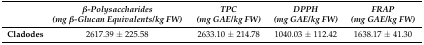
<table><thead><tr><td></td><td><b><i>β-Polysaccharides</i></b></td><td><b><i>TPC</i></b></td><td><b><i>DPPH</i></b></td><td><b><i>FRAP</i></b></td></tr><tr><td></td><td><b><i>(mg β-Glucan Equivalents/kg FW)</i></b></td><td><b><i>(mg GAE/kg FW)</i></b></td><td><b><i>(mg GAE/kg FW)</i></b></td><td><b><i>(mg GAE/kg FW)</i></b></td></tr></thead><tbody><tr><td><b>Cladodes</b></td><td>2617.39 ± 225.58</td><td>2633.10 ± 214.78</td><td>1040.03 ± 112.42</td><td>1638.17 ± 41.30</td></tr></tbody></table>